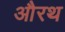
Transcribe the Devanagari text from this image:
औरथ